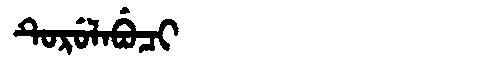
Manchu: ᡨᡠᡵᡠᠯᠠᠪᡠᠴᡳ
Romanization: TURULABUCI